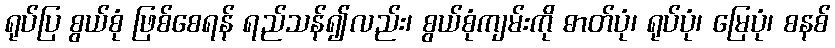
ရုပ်ပြ စွယ်စုံ ဖြစ်စေရန် ရည်သန်၍လည်း၊ စွယ်စုံကျမ်းကို ဓာတ်ပုံ၊ ရုပ်ပုံ၊ မြေပုံ၊ စနစ်